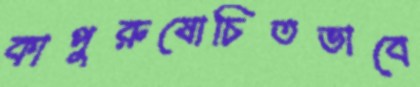
কাপুরুষোচিতভাবে